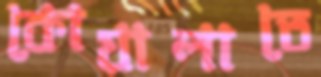
কোয়ালাতে